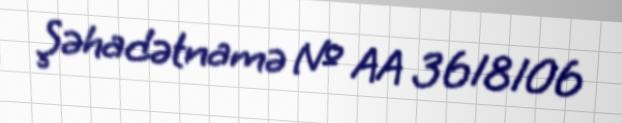
Şəhadətnamə № AA 3618106